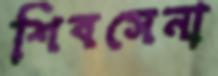
শিবসেনা